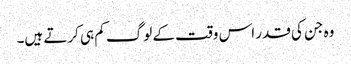
وہ جن کی قدر اس وقت کے لوگ کم ہی کرتے ہیں۔